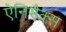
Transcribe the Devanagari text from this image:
ऐनिमैक्स